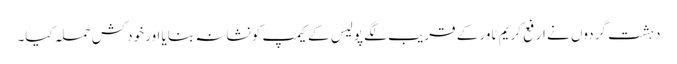
دہشت گردوں نے ارفع کریم ٹاور کے قریب لگے پولیس کے کیمپ کو نشانہ بنایا اور خودکش حملہ کیا۔